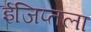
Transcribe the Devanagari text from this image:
ईजिप्तला